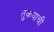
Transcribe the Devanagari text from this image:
तुकयाची